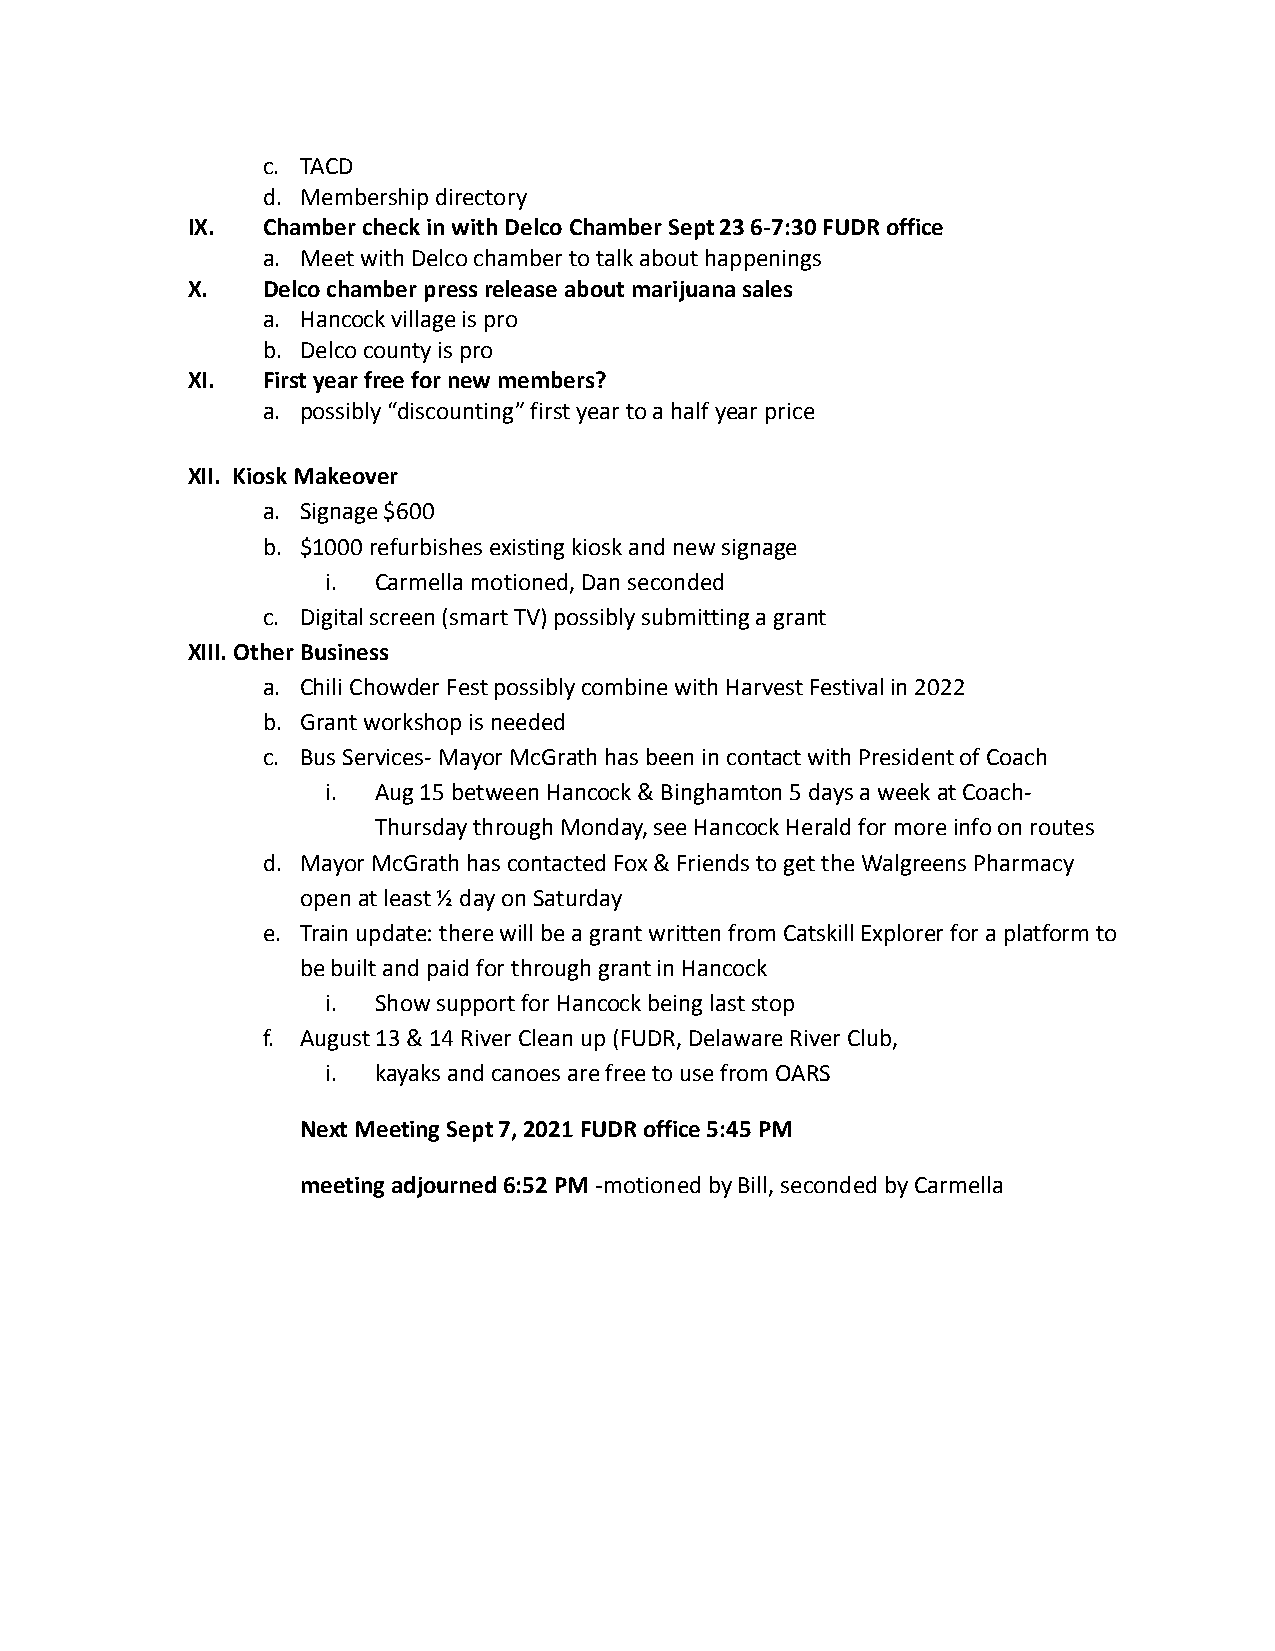
c. TACD
 d. Membership directory
 IX.  Chamber check in with Delco Chamber Sept 23 6-7:30FUDR office
 a. Meet with Delco chamber to talk about happenings
 X.   Delco chamber press release about marijuana sales
 a. Hancock village is pro
 b. Delco county is pro
 XI.  First year free for new members?
 a. possibly “discounting” first year to a half year price
 XII. Kiosk Makeover
 a. Signage $600
 b. $1000 refurbishes existing kiosk and new signage
 i. Carmella motioned, Dan seconded
 c. Digital screen (smart TV) possibly submitting a grant
 XIII. Other Business
 a. Chili Chowder Fest possibly combine with Harvest Festivalin 2022
 b. Grant workshop is needed
 c. Bus Services- Mayor McGrath has been in contact withPresident of Coach
 i. Aug 15 between Hancock & Binghamton 5 days a weekat Coach-
 Thursday through Monday, see Hancock Herald for moreinfo on routes
 d. Mayor McGrath has contacted Fox & Friends to get theWalgreens Pharmacy
 open at least ½ day on Saturday
 e. Train update: there will be a grant written from CatskillExplorer for a platform to
 be built and paid for through grant in Hancock
 i. Show support for Hancock being last stop
 f. August 13 & 14 River Clean up (FUDR, Delaware RiverClub,
 i. kayaks and canoes are free to use from OARS
 Next Meeting Sept 7, 2021 FUDR office 5:45 PM
 meeting adjourned 6:52 PM -motioned by Bill, secondedby Carmella